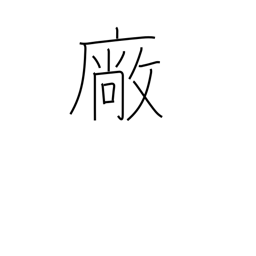
Meaning: workshop